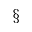
^ \S